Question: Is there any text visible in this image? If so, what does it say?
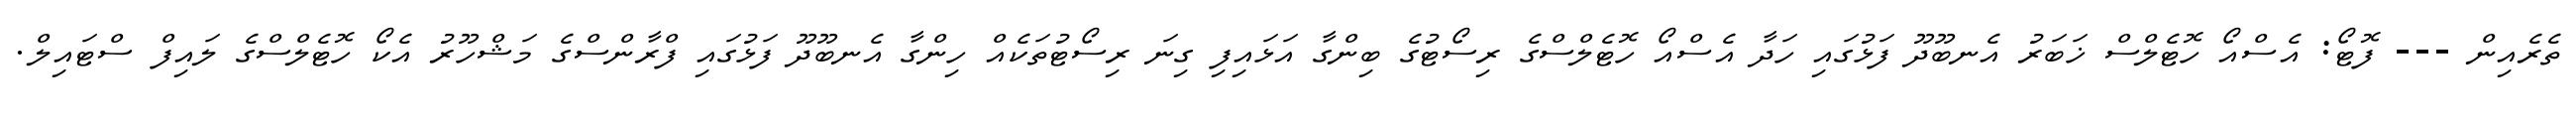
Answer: ތެރެއިން --- ފޮޓޯ: އެސްއޯ ހޮޓެލްސް ޚަބަރު އެނބޫދޫ ފަޅުގައި ހަދާ އެސްއޯ ހޮޓެލްސްގެ ރިސޯޓުގެ ބިންގާ އަޅައިފި ގިނަ ރިސޯޓުތަކެއް ހިންގާ އެނބޫދޫ ފަޅުގައި ފްރާންސްގެ މަޝްހޫރު އެކޯ ހޮޓެލްސްގެ ލައިފް ސްޓައިލް.